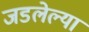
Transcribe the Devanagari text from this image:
जडलेल्या